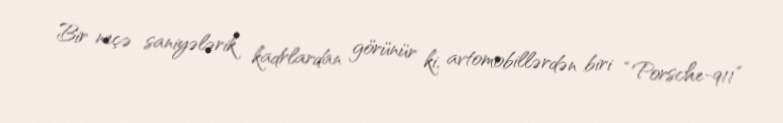
Bir neçə saniyələrik kadrlardan görünür ki, avtomobillərdən biri “Porsche-911”